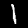
Digit: 1